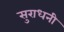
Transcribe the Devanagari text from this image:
सुराधनी